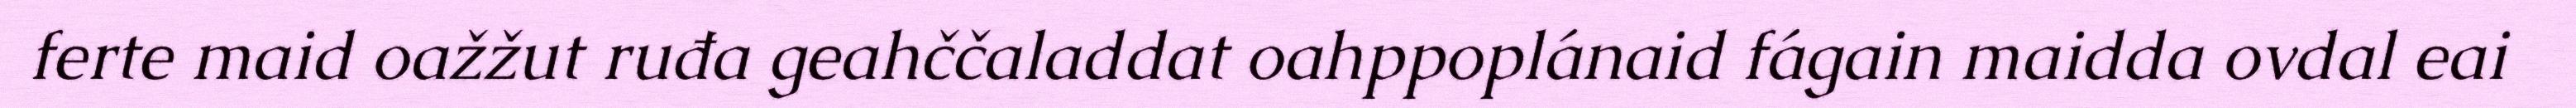
ferte maid oažžut ruđa geahččaladdat oahppoplánaid fágain maidda ovdal eai